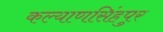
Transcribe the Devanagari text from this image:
कल्याणसिंहपुर